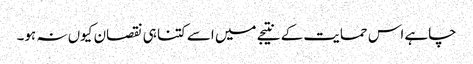
چاہے اس حمایت کے نتیجے میں اسے کتنا ہی نقصان کیوں نہ ہو۔